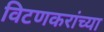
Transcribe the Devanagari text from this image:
विटणकरांच्या